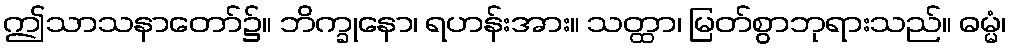
ဤသာသနာတော်၌။ ဘိက္ခုနော၊ ရဟန်းအား။ သတ္ထာ၊ မြတ်စွာဘုရားသည်။ ဓမ္မံ၊